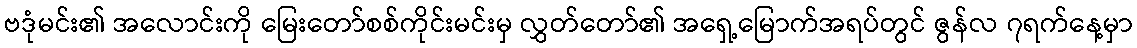
ဗဒုံမင်း၏ အလောင်းကို မြေးတော်စစ်ကိုင်းမင်းမှ လွှတ်တော်၏ အရှေ့မြောက်အရပ်တွင် ဇွန်လ ၇ရက်နေ့မှာ